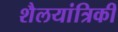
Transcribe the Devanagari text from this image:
शैलयांत्रिकी